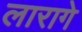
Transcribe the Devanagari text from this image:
लारागे